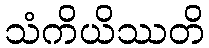
သံကိယိဿတိ